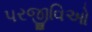
પરજીવિઓ